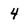
Character: 4